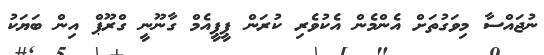
ނުޖައްސާ މިވަގުތަށް އެންމެން އެކުވެރި ކުރަން ޕީޕީއެމް ގާނޫނީ ގްރޫޕް އިން ބަޔަކު